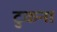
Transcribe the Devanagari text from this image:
टुकना